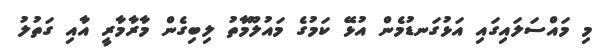
މި މައްސަލައިގައި އަޅުގަނޑުމެން އުޅޭ ކަމުގެ މައުލޫމާތު ލިބިގެން މާރާމާރީ އާއި ގަތުލު